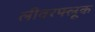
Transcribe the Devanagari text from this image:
लीवरफ्लूक